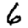
Digit: 6